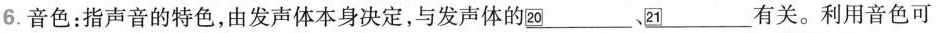
6.音色：指声音的特色，由发声体本身决定，与发声体的\underline{20}、\underline{21}有关。利用音色可